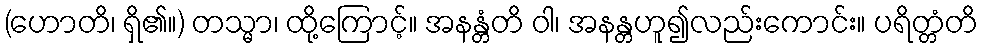
(ဟောတိ၊ ရှိ၏။) တသ္မာ၊ ထို့ကြောင့်။ အနန္တံတိ ဝါ၊ အနန္တဟူ၍လည်းကောင်း။ ပရိတ္တံတိ